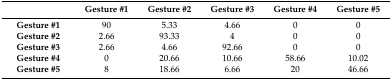
<table><thead><tr><td></td><td><b>Gesture #1</b></td><td><b>Gesture #2</b></td><td><b>Gesture #3</b></td><td><b>Gesture #4</b></td><td><b>Gesture #5</b></td></tr></thead><tbody><tr><td><b>Gesture #1</b></td><td>90</td><td>5.33</td><td>4.66</td><td>0</td><td>0</td></tr><tr><td><b>Gesture #2</b></td><td>2.66</td><td>93.33</td><td>4</td><td>0</td><td>0</td></tr><tr><td><b>Gesture #3</b></td><td>2.66</td><td>4.66</td><td>92.66</td><td>0</td><td>0</td></tr><tr><td><b>Gesture #4</b></td><td>0</td><td>20.66</td><td>10.66</td><td>58.66</td><td>10.02</td></tr><tr><td><b>Gesture #5</b></td><td>8</td><td>18.66</td><td>6.66</td><td>20</td><td>46.66</td></tr></tbody></table>